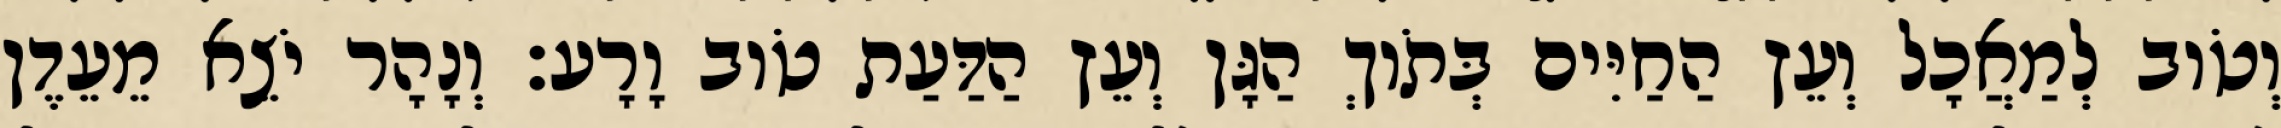
וְטֹוב לְמַאֲכָל וְעֵץ הַחַיִּים בְּתֹוךְ הַגָּן וְעֵץ הַדַּעַת טֹוב וָרָע׃ וְנָהָר יֹצֵא מֵעֵדֶן